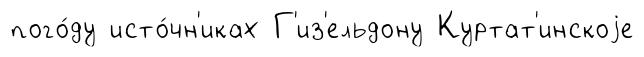
пого́ду исто́чн'иках Г'из'ельдону Куртат'инскоjе